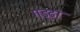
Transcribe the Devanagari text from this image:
गड़्ढा